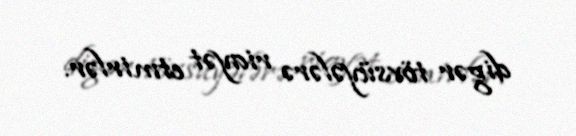
digər tövsüyələrə riayət etmirlər.